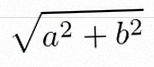
\sqrt{a^2+b^2}